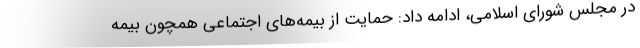
در مجلس شورای اسلامی، ادامه داد: حمایت از بیمه‌های اجتماعی همچون بیمه